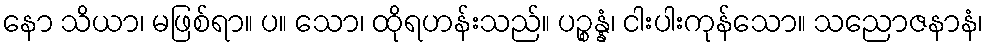
နော သိယာ၊ မဖြစ်ရာ။ ပ။ သော၊ ထိုရဟန်းသည်။ ပဉ္စန္နံ၊ ငါးပါးကုန်သော။ သညောဇနာနံ၊